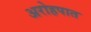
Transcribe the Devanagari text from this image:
अरोहपात